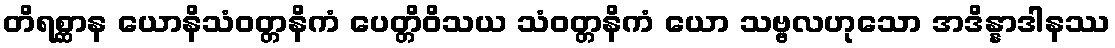
တိရစ္ဆာန ယောနိသံဝတ္တနိကံ ပေတ္တိဝိသယ သံဝတ္တနိကံ ယော သဗ္ဗလဟုသော အဒိန္နာဒါနဿ